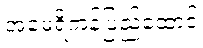
အမေရိကန်ပြည်ထောင်